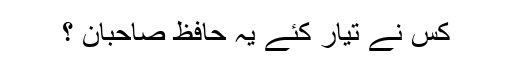
کس نے تیار کئے یہ حافظ صاحبان ؟